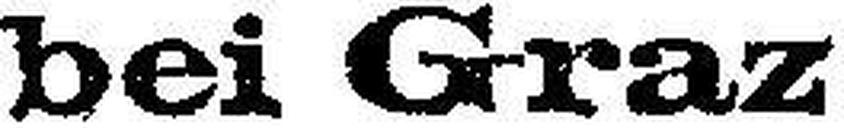
bei Graz